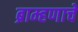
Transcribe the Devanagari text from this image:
ब्राम्हणाचे